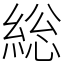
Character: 総